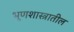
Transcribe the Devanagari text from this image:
भ्रूणशास्त्रातील